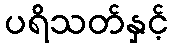
ပရိသတ်နှင့်